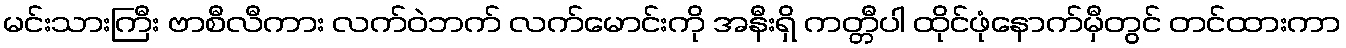
မင်းသားကြီး ဗာစီလီကား လက်ဝဲဘက် လက်မောင်းကို အနီးရှိ ကတ္တီပါ ထိုင်ဖုံနောက်မှီတွင် တင်ထားကာ